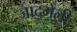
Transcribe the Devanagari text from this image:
जाद्गेली